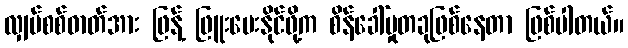
လျှပ်စစ်ဓာတ်အား ဖြန့် ဖြူးပေးနိုင်ဖို့က စိန်ခေါ်မှုတခုဖြစ်နေတာ ဖြစ်ပါတယ်။